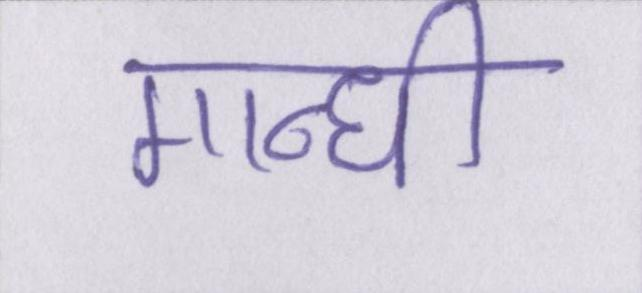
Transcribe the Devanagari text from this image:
गान्धी